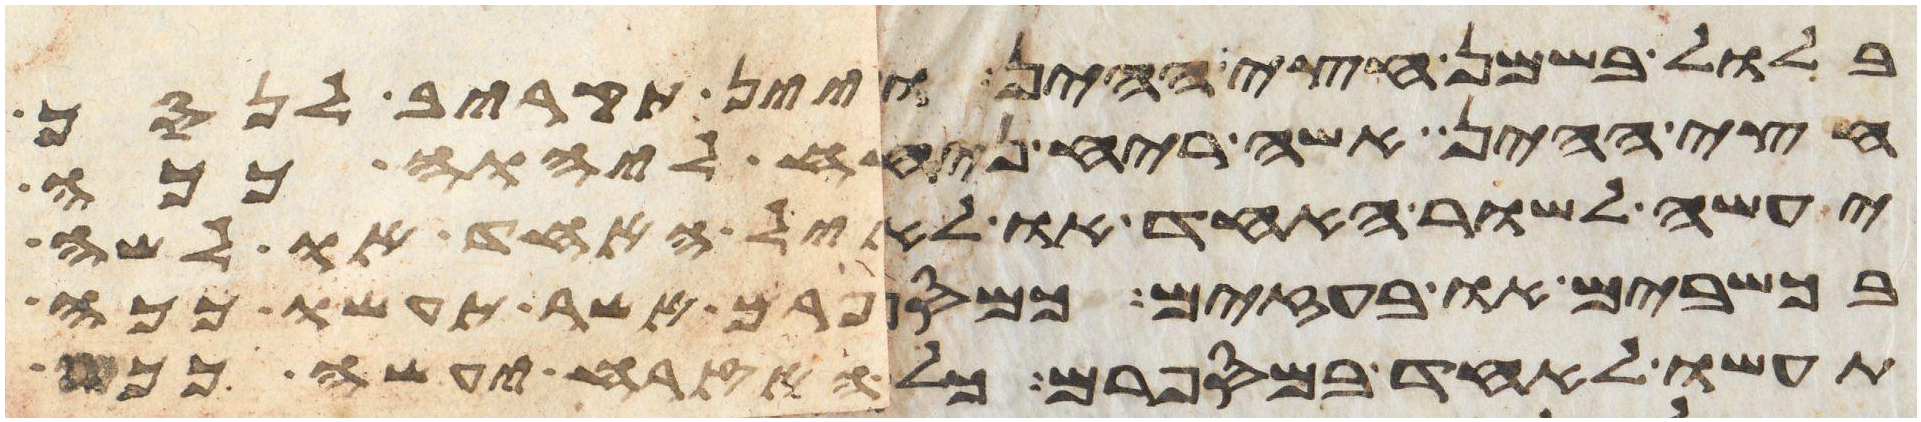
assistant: בלול בשמן חצי ההין ויין תקריב לנסך
חצי ההין אשה ריח ניחח ליהוה ככה
יעשה לשור האחד או לאיל האחד או לשה
בכשבים או בעזים כמספרם אשר תעשו ככה
תעשו לאחד במספרם כל האזרח יעשה ככה